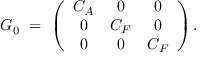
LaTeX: G _ { 0 } \ = \ \left( \begin{array} { c c c } { { C _ { A } } } & { { 0 } } & { { 0 } } \\ { { 0 } } & { { C _ { F } } } & { { 0 } } \\ { { 0 } } & { { 0 } } & { { C _ { F } } } \end{array} \right) .